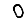
Digit: 0